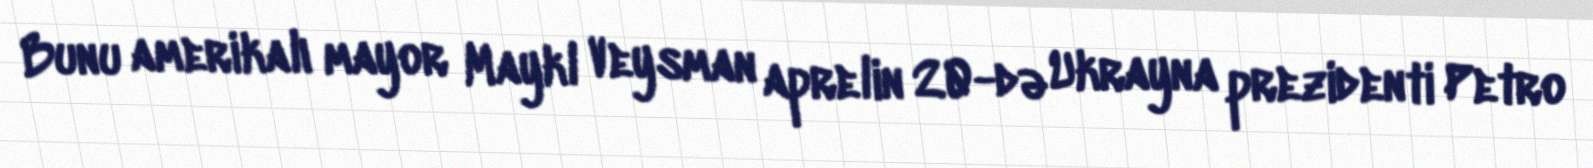
Bunu amerikalı mayor Maykl Veysman aprelin 20-də Ukrayna prezidenti Petro